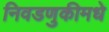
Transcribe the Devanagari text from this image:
निवडणुकीमधे